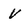
Character: V